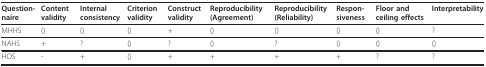
<table><thead><tr><td><b>Question-naire</b></td><td><b>Content validity</b></td><td><b>Internal consistency</b></td><td><b>Criterion validity</b></td><td><b>Construct validity</b></td><td><b>Reproducibility (Agreement)</b></td><td><b>Reproducibility (Reliability)</b></td><td><b>Respon-siveness</b></td><td><b>Floor and ceiling effects</b></td><td><b>Interpretability</b></td></tr></thead><tbody><tr><td>MHHS</td><td>()</td><td>()</td><td>()</td><td>+</td><td>()</td><td>()</td><td>()</td><td>()</td><td>?</td></tr><tr><td>NAHS</td><td>+</td><td>?</td><td>()</td><td>?</td><td>()</td><td>?</td><td>()</td><td>()</td><td>()</td></tr><tr><td>HOS</td><td>-</td><td>+</td><td>()</td><td>+</td><td>+</td><td>+</td><td>+</td><td>?</td><td>?</td></tr></tbody></table>